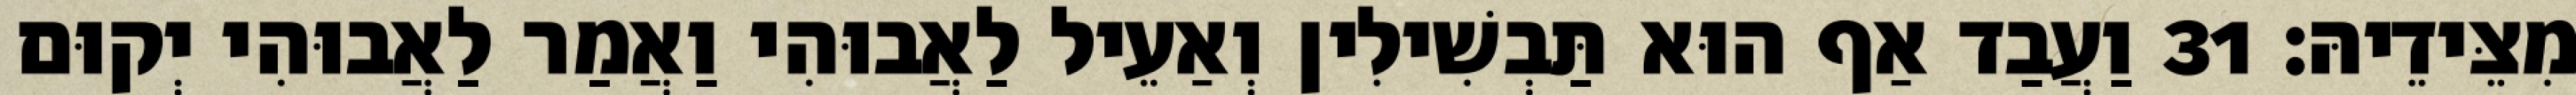
מִצֵּידֵיהּ׃ 31 וַעֲבַד אַף הוּא תַּבְשִׁילִין וְאַעֵיל לַאֲבוּהִי וַאֲמַר לַאֲבוּהִי יְקוּם